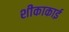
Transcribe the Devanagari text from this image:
शीकाकाई